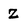
Character: Z